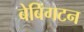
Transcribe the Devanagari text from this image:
बेबिंगटन